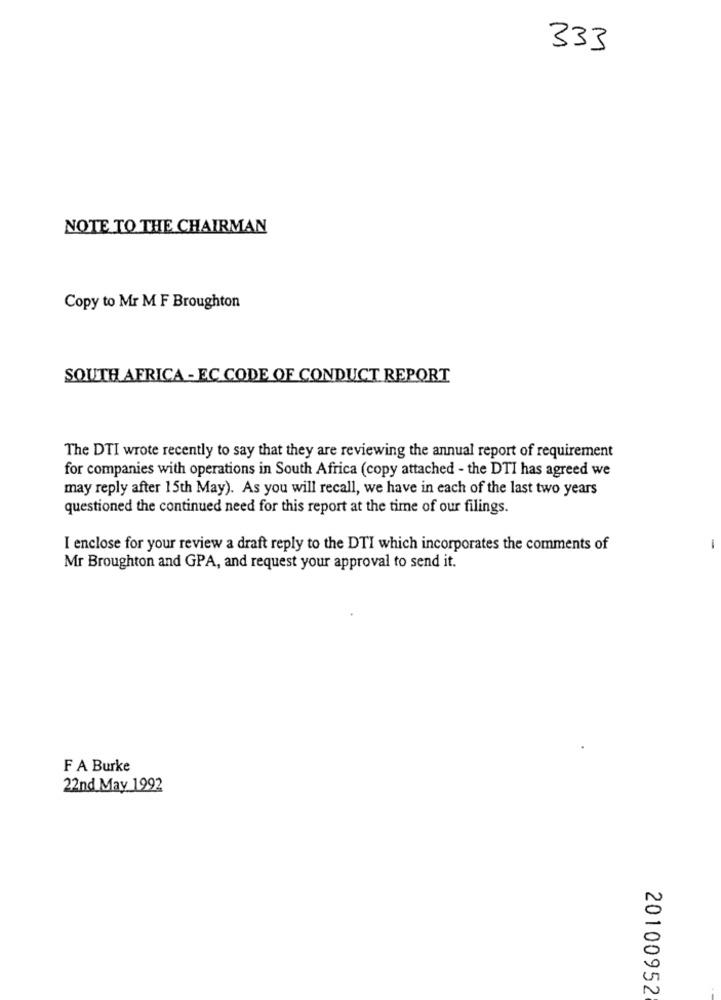
333
NOTE TO THE CHAIRMAN
Copy to Mr M F Broughton
SOUTH AFRICA - EC CODE OF CONDUCT REPORT
The DTI wrote recently to say that they are reviewing the annual report of requirement
for companies with operations in South Africa (copy attached - the DTI has agreed we
may reply after 15th May). As you will recall, we have in each of the last two years
questioned the continued need for this report at the time of our filings.
I enclose for your review a draft reply to the DTI which incorporates the comments of
Mr Broughton and GPA, and request your approval to send it.
F A Burke
22nd May 1992
20100952